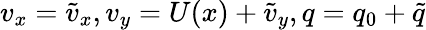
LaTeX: v_{x}=\tilde{v}_{x},v_{y}=U(x)+\tilde{v}_{y},q=q_{0}+\tilde{q}